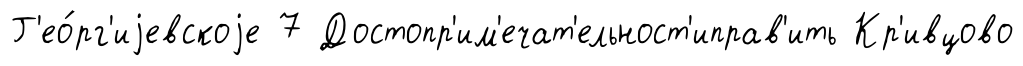
Г'ео́рг'иjевскоjе 7 Достопр'им'ечат'ельност'иправ'ить Кр'ивцово